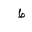
Letter: _da